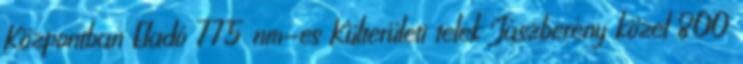
Központban Eladó 775 nm-es Külterületi telek Jászberény közel 800